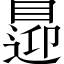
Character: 𥈁